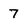
Character: 7